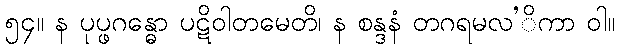
၅၄။ န ပုပ္ဖဂန္ဓော ပဋိဝါတမေတိ၊ န စန္ဒနံ တဂရမလ’ိကာ ဝါ။